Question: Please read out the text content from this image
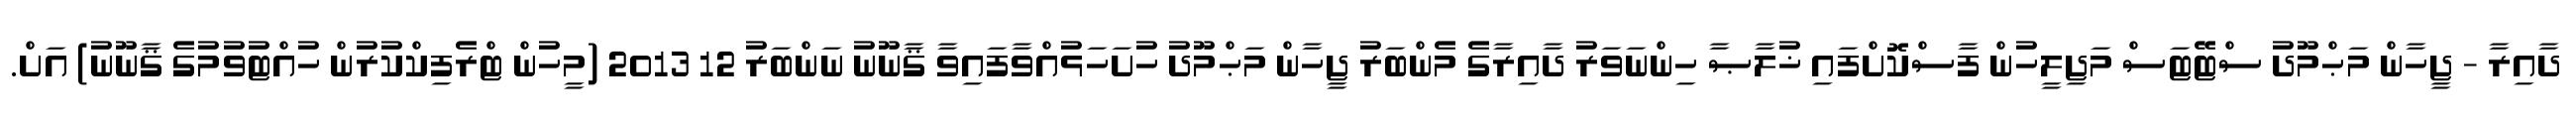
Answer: ދާއިރާ - ޖީހާން މަޙްމޫދު ސްޓޭޓަސް މަޖިލީހުން ފާސްކޮށްފައި ޚުލާޞާ ހިންނަވަރު ދާއިރާގެ މެންބަރު ޖީހާން މަޙްމޫދު ހުށަހަޅުއްވާފައިވާ ޤާނޫނު ނަންބަރު 12 2013 (މީހުން ޓްރެފިކްކުރުން ހުއްޓުވުމުގެ ޤާނޫނު) އަށް.